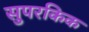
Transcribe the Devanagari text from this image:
सुपरकिक